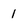
Character: 1